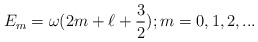
\begin{align*}E_m=\omega(2m+\ell+\frac{3}{2}) ; m=0,1,2,...\end{align*}